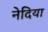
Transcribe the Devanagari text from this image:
नेदिया